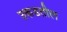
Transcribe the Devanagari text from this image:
उकडतील